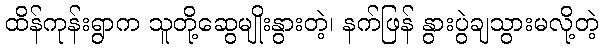
ထိန်ကုန်းရွာက သူတို့ဆွေမျိုးနွားတဲ့၊ နက်ဖြန် နွားပွဲချသွားမလို့တဲ့